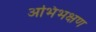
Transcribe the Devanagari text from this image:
अभिभक्षण